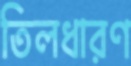
তিলধারণ